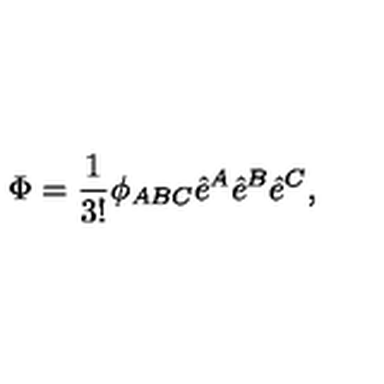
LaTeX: \Phi = \frac { 1 } { 3 ! } \phi _ { A B C } \hat { e } ^ { A } \hat { e } ^ { B } \hat { e } ^ { C } ,